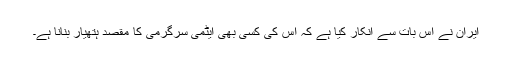
ایران نے اس بات سے انکار کیا ہے کہ اس کی کسی بھی ایٹمی سرگرمی کا مقصد ہتھیار بنانا ہے۔